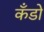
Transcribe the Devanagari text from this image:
कँडो